Civil Veterinary Dept. Bombay admin report 1893-99 - 1893-1899
Year: 1893
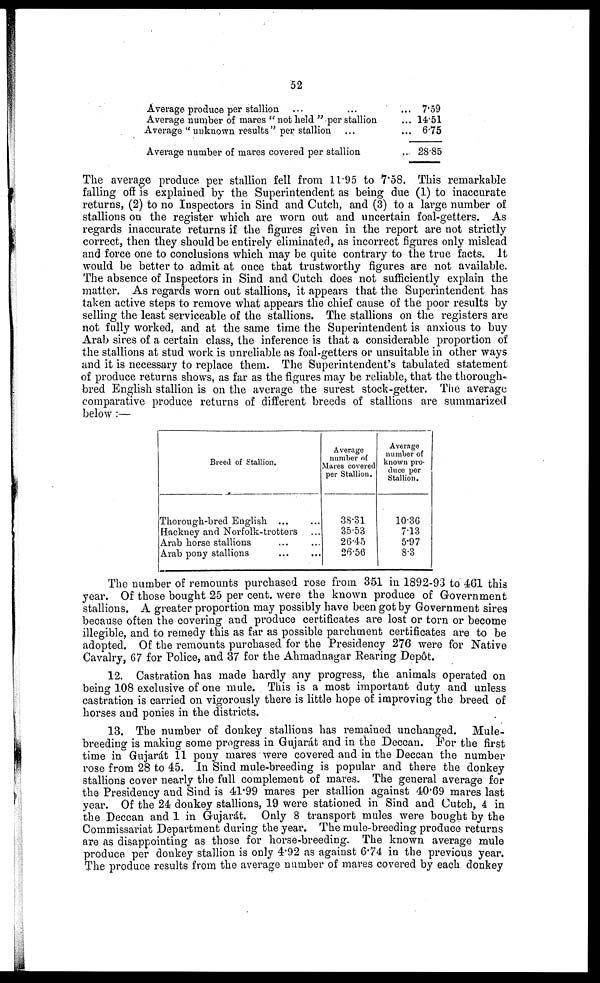
52
Average produce per stallion ... ...
Average number of mares "not held" per stallion
Average "unknown results" per stallion ...
Average number of mares covered per stallion
... 7.59
... 14.51
... 6.75
... 28.85
The average produce per stallion fell from 11.95 to 7.58. This remarkable
falling off is explained by the Superintendent as being due (1) to inaccurate
returns, (2) to no Inspectors in Sind and Cutch, and (3) to a large number of
stallions on the register which are worn out and uncertain foal-getters. As
regards inaccurate returns if the figures given in the report are not strictly
correct, then they should be entirely eliminated, as incorrect figures only mislead
and force one to conclusions which may be quite contrary to the true facts. It
would be better to admit at once that trustworthy figures are not available.
The absence of Inspectors in Sind and Cutch does not sufficiently explain the
matter. As regards worn out stallions, it appears that the Superintendent has
taken active steps to remove what appears the chief cause of the poor results by
selling the least serviceable of the stallions. The stallions on the registers are
not fully worked, and at the same time the Superintendent is anxious to buy
Arab sires of a certain class, the inference is that a considerable proportion of
the stallions at stud work is unreliable as foal-getters or unsuitable in other ways
and it is necessary to replace them. The Superintendent's tabulated statement
of produce returns shows, as far as the figures may be reliable, that the thorough-
bred English stallion is on the average the surest stock-getter. The average
comparative produce returns of different breeds of stallions are summarized
below :—
Breed of Stallion.
Thorough-bred English
...
...
Hackney and Norfolk-trotters
Arab horse stallions
Arab pony stallions
...
...
Average
number of
Mares covered
per Stallion.
38.31
35.53
26.45
26.56
Average
number of
known pro-
duce per
Stallion.
10.36
7.13
5.97
8.3
The number of remounts purchased rose from 351 in 1892-93 to 461 this
year. Of those bought 25 per cent. were the known produce of Government
stallions. A greater proportion may possibly have been got by Government sires
because often the covering and produce certificates are lost or torn or become
illegible, and to remedy this as far as possible parchment certificates are to be
adopted. Of the remounts purchased for the Presidency 276 were for Native
Cavalry, 67 for Police, and 37 for the Ahmadnagar Rearing Depôt.
12. Castration has made hardly any progress, the animals operated on
being 108 exclusive of one mule. This is a most important duty and unless
castration is carried on vigorously there is little hope of improving the breed of
horses and ponies in the districts.
13. The number of donkey stallions has remained unchanged. Mule-
breeding is making some progress in Gujarát and in the Deccan. For the first
time in Gujarát 11 pony mares were covered and in the Deccan the number
rose from 28 to 45. In Sind mule-breeding is popular and there the donkey
stallions cover nearly the full complement of mares. The general average for
the Presidency and Sind is 41.99 mares per stallion against 40.69 mares last
year. Of the 24 donkey stallions, 19 were stationed in Sind and Cutch, 4 in
the Deccan and 1 in Gujarát. Only 8 transport mules were bought by the
Commissariat Department during the year. The mule-breeding produce returns
are as disappointing as those for horse-breeding. The known average mule
produce per donkey stallion is only 4.92 as against 6.74 in the previous year.
The produce results from the average number of mares covered by each donkey